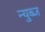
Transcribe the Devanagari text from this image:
न्युब्ज